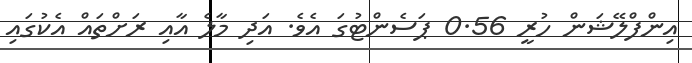
އިންފްލޭޝަން ހުރީ 0.56 ޕަސެންޓުގަ އެވެ. އަދި މާލެ އާއި ރަށްތައް އެކުގައި